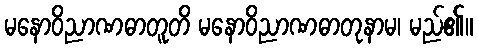
မနောဝိညာဏဓာတူတိ မနောဝိညာဏဓာတုနာမ၊ မည်၏။